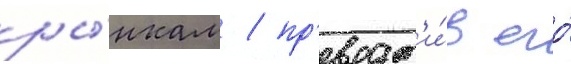
ры́нкам / пр'еврат'и́в его́